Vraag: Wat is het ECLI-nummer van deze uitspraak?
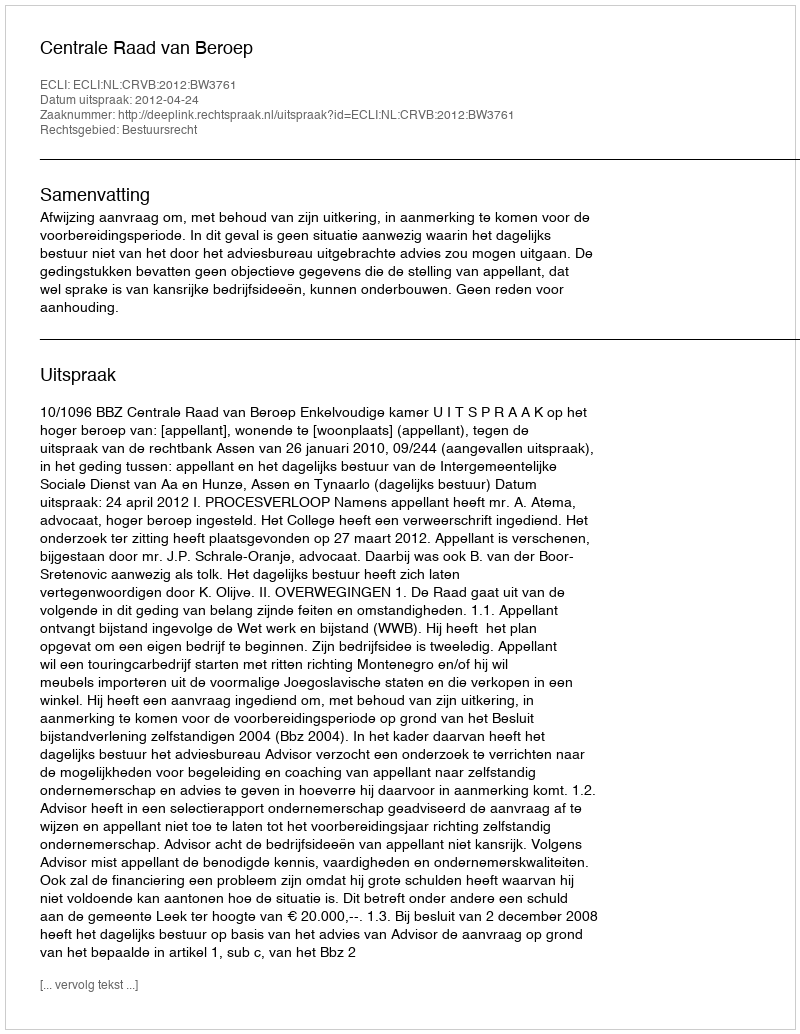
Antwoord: ECLI:NL:CRVB:2012:BW3761